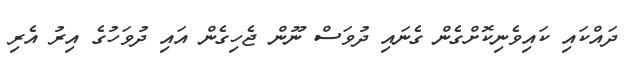
ދައްކައި ކައިވެނިކޮށްގެން ގެނައި ދުވަސް ނޫން ޖެހިގެން އައި ދުވަހުގެ އިރު އެރި